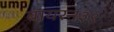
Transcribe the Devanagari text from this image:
बायरन३९